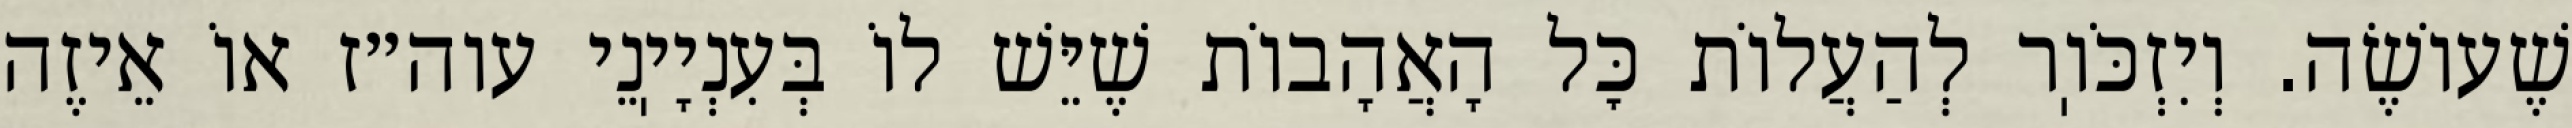
שֶׁעוֹשֶׂה. וְיִזְכֹּוֽר לְהַעֲלוֹת כׇּל הָאֲהָבוֹת שֶׁיֵּשׁ לוֹ בְּעִנְיָיֽנֵי עוה״ז אוֹ אֵיזֶה